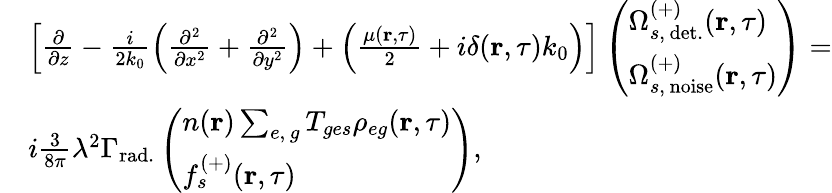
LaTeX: \begin{array}{rl}&{\left[\frac{\partial}{\partial z}-\frac{i}{2k_{0}}\left(\frac{\partial^{2}}{\partial x^{2}}+\frac{\partial^{2}}{\partial y^{2}}\right)+\left(\frac{\mu(\textbf{r},\tau)}{2}+i\delta(\textbf{r},\tau)k_{0}\right)\right]\left(\begin{array}{l}{\Omega_{s,\, \mathrm{det.}}^{(+)}(\textbf{r},\tau)}\\ {\Omega_{s,\, \mathrm{noise}}^{(+)}(\textbf{r},\tau)}\end{array}\right)=}\\ &{i\frac{3}{8\pi}\lambda^{2}\Gamma_{\mathrm{rad.}}\left(\begin{array}{l}{n(\textbf{r})\sum_{e,\, g}T_{ges}\rho_{eg}(\textbf{r},\tau)}\\ {f_{s}^{(+)}(\textbf{r},\tau)}\end{array}\right),}\end{array}